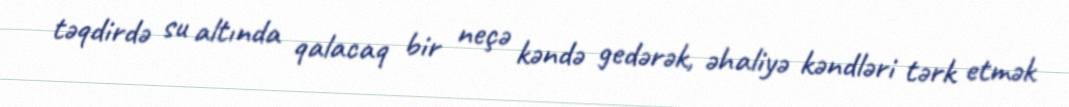
təqdirdə su altında qalacaq bir neçə kəndə gedərək, əhaliyə kəndləri tərk etmək